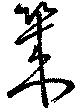
幾